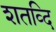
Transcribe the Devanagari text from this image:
शतव्दि